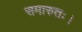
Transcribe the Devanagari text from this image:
समारुतः।